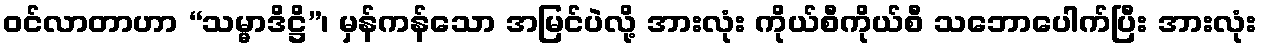
ဝင်လာတာဟာ “သမ္မာဒိဋ္ဌိ”၊ မှန်ကန်သော အမြင်ပဲလို့ အားလုံး ကိုယ်စီကိုယ်စီ သဘောပေါက်ပြီး အားလုံး